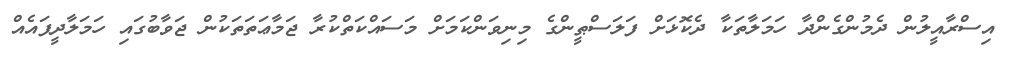
އިސްރާއީލުން ދެމުންގެންދާ ހަމަލާތަކާ ދެކޮޅަށް ފަލަސްޠީންގެ މިނިވަންކަމަށް މަސައްކަތްކުރާ ޖަމާޢަތަތަކުން ޖަވާބުގައި ހަމަލާދީފައެއް